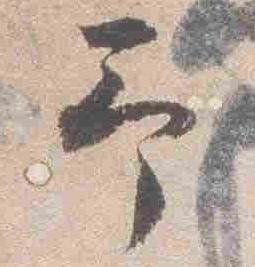
予